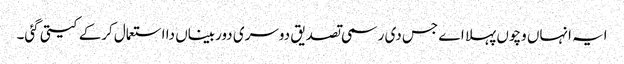
ایہ انہاں وچو‏ں پہلا اے جس دی رسمی تصدیق دوسری دوربیناں دا استعمال کرکے کیتی گئی۔